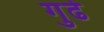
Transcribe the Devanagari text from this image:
गुढे